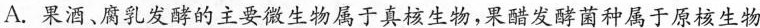
A.果酒、腐乳发酵的主要微生物属于真核生物，果醋发酵菌种属于原核生物